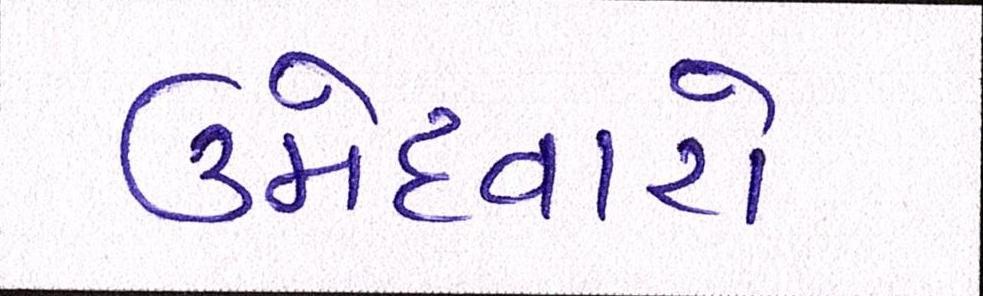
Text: ઉમેદવારો